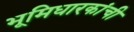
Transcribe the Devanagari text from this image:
भूमिधारकांची